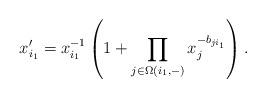
LaTeX: \begin{align*}x_{i_1}' = x_{i_1}^{-1}\left(1 + \prod_{j\in \Omega(i_1,-)} x_j^{-b_{ji_1}} \right).\end{align*}